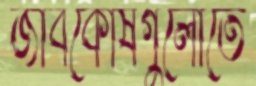
জীবকোষগুলোতে